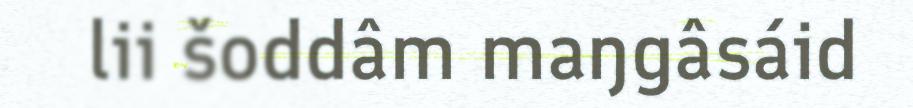
lii šoddâm maŋgâsáid